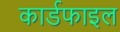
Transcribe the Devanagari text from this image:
कार्डफाइल